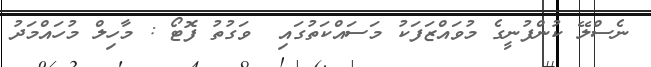
ނެސްލޭ ކުންފުނީގެ މުވައްޒަފަކު މަސައްކަތުގައި  ވަގުތު ފޮޓޯ : މާހިލް މުހައްމަދު